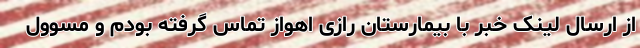
از ارسال لینک خبر با بیمارستان رازی اهواز تماس گرفته بودم و مسوول